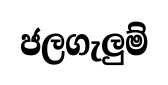
ජලගැලුම්